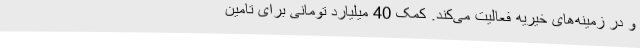
و در زمینه‌های خیریه فعالیت می‌کند. کمک 40 میلیارد تومانی برای تامین